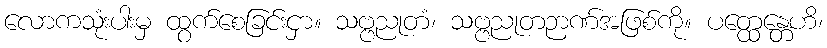
လောကသုံးပါးမှ ထွက်စေခြင်းငှာ။ သဗ္ဗညုတံ၊ သဗ္ဗညုတဉာဏ်အဖြစ်ကို။ ပတ္ထေန္တေဟိ၊